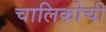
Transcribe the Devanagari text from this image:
चालिकोची